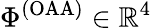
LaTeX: \Phi^{(\mathrm{OAA})}\in\mathbb{R}^{4}